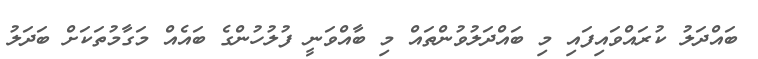
ބައްދަލު ކުރައްވައިފައި މި ބައްދަލުވުންތައް މި ބާއްވަނީ ފުލުހުންގެ ބައެއް މަގާމުތަކަށް ބަދަލު